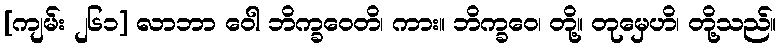
[ကျမ်း ၂၆၁] လာဘာ ဝေါ ဘိက္ခဝေတိ၊ ကား။ ဘိက္ခဝေ၊ တို့။ တုမှေဟိ၊ တို့သည်။